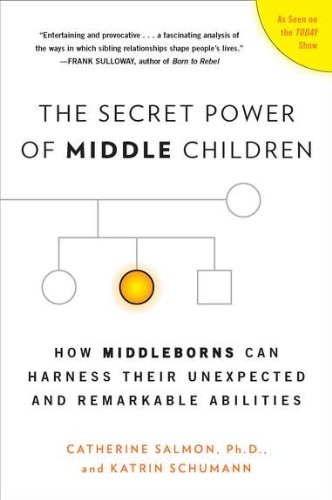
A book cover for The Secret Power of Middle Children: How Middleborns Can Harness Their Unexpected and Remarkable Abilities; Catherine Salmon Ph.D.; Health, Fitness & Dieting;